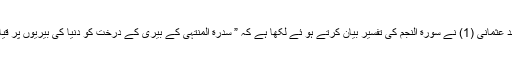
مو لانا شبیر احمد عثمانی (1) نے سورة النجم کی تفسیر بیان کرتے ہو ئے لکھا ہے کہ ” سدرة المنتہیٰ کے بیری کے درخت کو دنیا کی بیریوں پر قیاس نہ کیا جائے۔